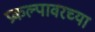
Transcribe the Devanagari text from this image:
प्रकल्पावरच्या